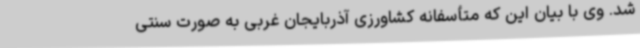
شد. وی با بیان این که متأسفانه کشاورزی آذربایجان غربی به صورت سنتی